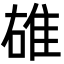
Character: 䧺